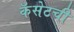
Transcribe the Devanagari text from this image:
कॅसेटची